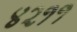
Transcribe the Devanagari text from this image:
४२११